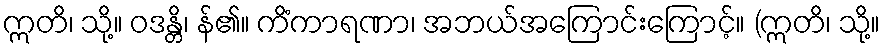
ဣတိ၊ သို့။ ဝဒန္တိ၊ န်၏။ ကိံကာရဏာ၊ အဘယ်အကြောင်းကြောင့်။ (ဣတိ၊ သို့။